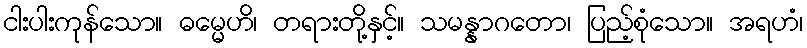
ငါးပါးကုန်သော။ ဓမ္မေဟိ၊ တရားတို့နှင့်။ သမန္နာဂတော၊ ပြည့်စုံသော။ အရဟံ၊